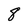
Character: 8